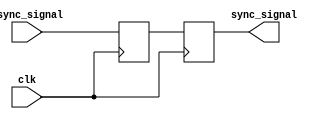
module master_slave_ff_synchronizer (
    input wire clk,          // Clock signal
    input wire async_signal, // Asynchronous input signal
    output reg sync_signal   // Synchronized output signal
);

    // Internal signals for master and slave flip-flops
    reg master_ff; // Output of the master flip-flop

    // Master Flip-Flop: Captures the input signal on the rising edge of the clock
    always @(posedge clk) begin
        master_ff <= async_signal; // Sample the asynchronous input
    end

    // Slave Flip-Flop: Captures the output of the master flip-flop on the falling edge of the clock
    always @(negedge clk) begin
        sync_signal <= master_ff; // Sample the master output
    end

endmodule